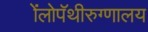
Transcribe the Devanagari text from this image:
ॲलोपॅथीरुग्णालय